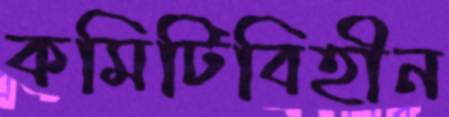
কমিটিবিহীন